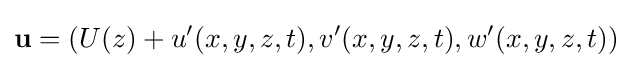
\mathbf {u} =\left(U(z)+u'(x,y,z,t),v'(x,y,z,t),w'(x,y,z,t)\right)